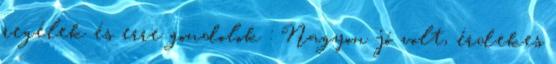
regélek és erre gondolok : Nagyon jó volt, érdekes